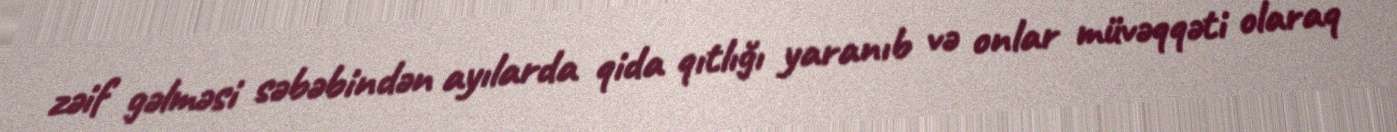
zəif gəlməsi səbəbindən ayılarda qida qıtlığı yaranıb və onlar müvəqqəti olaraq